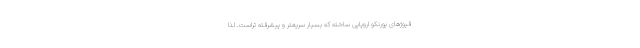
فیوژهای یورنکو اروپایی ساخته که بسیار سریعتر و پیشرفته تراست. لذا